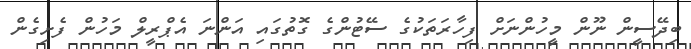
ބިދޭސީން ނޫން މީހުންނަށް ފިހާރަތަކުގެ ސޭޓުންގެ ގޮތުގައި އަންނަ އެޕްރީލް މަހުން ފެށިގެން